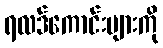
ရလဒ်ကောင်းများကို